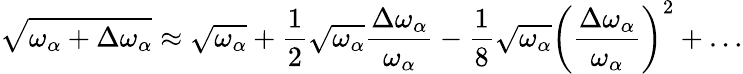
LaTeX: \sqrt{\omega_{\alpha}+\Delta\omega_{\alpha}}\approx\sqrt{\omega_{\alpha}}+\frac{1}{2}\sqrt{\omega_{\alpha}}\frac{\Delta\omega_{\alpha}}{\omega_{\alpha}}-\frac{1}{8}\sqrt{\omega_{\alpha}}\left(\frac{\Delta\omega_{\alpha}}{\omega_{\alpha}}\right)^{2}+\dots